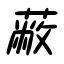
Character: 蔽